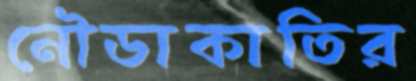
নৌডাকাতির